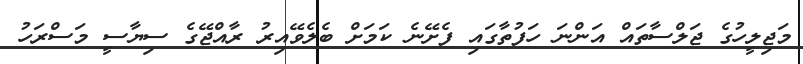
މަޖިލީހުގެ ޖަލްސާތައް އަންނަ ހަފުތާގައި ފެށޭނެ ކަަމަށް ބެލެވޭއިރު ރާއްޖޭގެ ސިޔާސީ މަސްރަހު